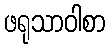
ဖရုသာဝါစာ